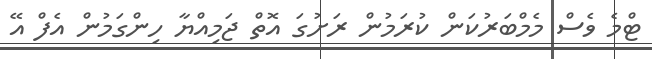
ޓްމެ ވެސް މެމްބަރުކަން ކުރަމުން ރަށުގަ އޮތް ޖަމިއްޔާ ހިންގަމުން އެފް އޭ